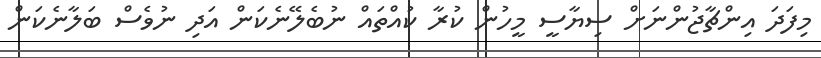
މިފަދަ އިންޗާޖުންނަށް ސިޔާސީ މީހުން ކުރާ ކުއްތައް ނުބެލޭނެކަން އަދި ނުވެސް ބަލާނެކަން